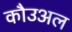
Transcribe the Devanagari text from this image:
कौउअल